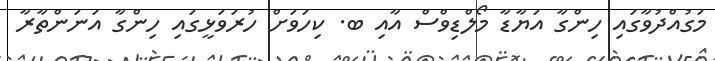
މަގުއްދުވާގައި ހިންގާ އަޔާޑާ މޯލްޑިވްސް އާއި ބ. ކިހަވަށް ހުރަވަޅީގައި ހިންގާ އަނަންތާރާ